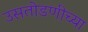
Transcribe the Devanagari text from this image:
उसतोडणीच्या